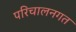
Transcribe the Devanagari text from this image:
परिचालनगत